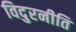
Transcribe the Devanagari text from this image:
विदुरनीति